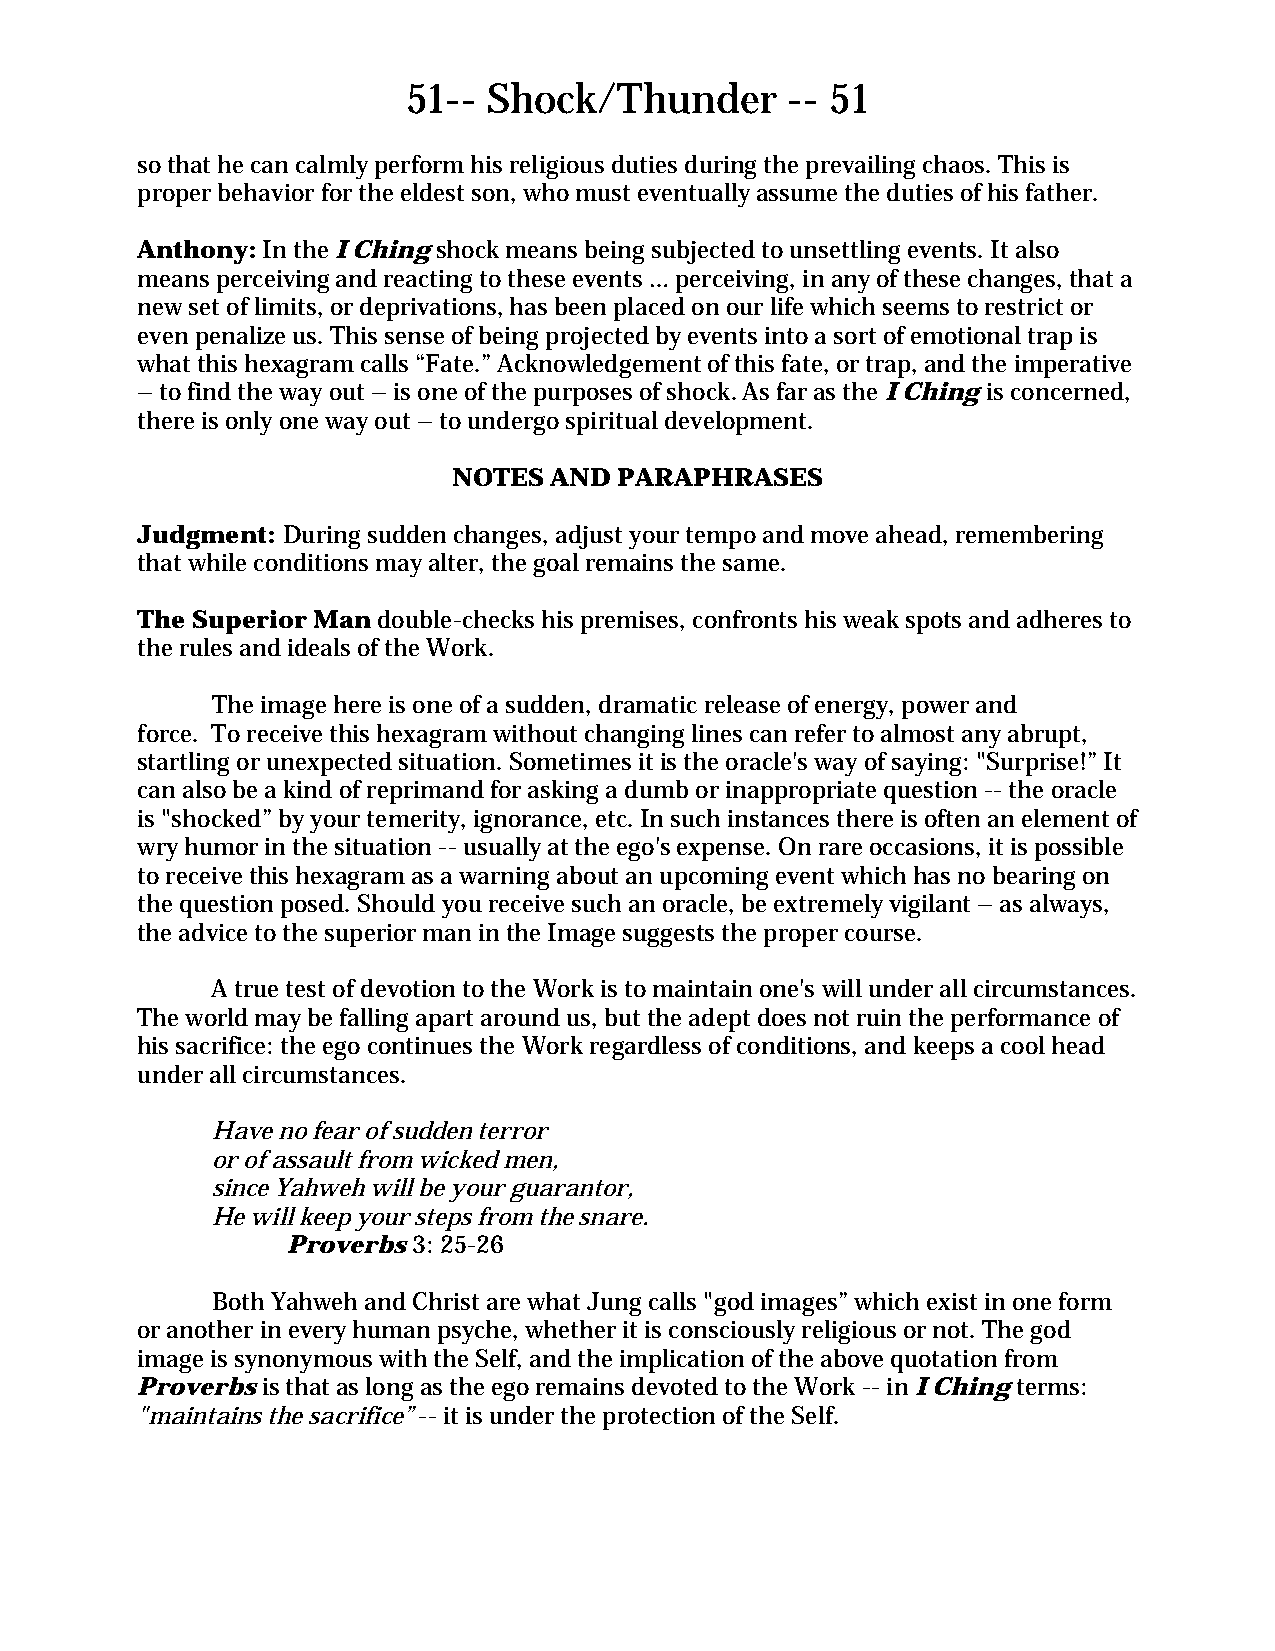
51-- Shock/Thunder       -- 51
 so that he can calmly perform his religious duties during the prevailing chaos. This is
 proper behavior for the eldest son, who must eventually assume the duties of his father.
 Anthony: In the I Ching shock means being subjected to unsettling events. It also
 means perceiving and reacting to these events … perceiving, in any of these changes, that a
 new set of limits, or deprivations, has been placed on our life which seems to restrict or
 even penalize us. This sense of being projected by events into a sort of emotional trap is
 what this hexagram calls “Fate.” Acknowledgement of this fate, or trap, and the imperative
 – to find the way out – is one of the purposes of shock. As far as the I Ching is concerned,
 there is only one way out – to undergo spiritual development.
 NOTES AND  PARAPHRASES
 Judgment: During sudden changes, adjust your tempo and move ahead, remembering
 that while conditions may alter, the goal remains the same.
 The Superior Man double-checks his premises, confronts his weak spots and adheres to
 the rules and ideals of the Work.
 The image here is one of a sudden, dramatic release of energy, power and
 force. To receive this hexagram without changing lines can refer to almost any abrupt,
 startling or unexpected situation. Sometimes it is the oracle's way of saying: "Surprise!” It
 can also be a kind of reprimand for asking a dumb or inappropriate question -- the oracle
 is "shocked” by your temerity, ignorance, etc. In such instances there is often an element of
 wry humor in the situation -- usually at the ego's expense. On rare occasions, it is possible
 to receive this hexagram as a warning about an upcoming event which has no bearing on
 the question posed. Should you receive such an oracle, be extremely vigilant – as always,
 the advice to the superior man in the Image suggests the proper course.
 A true test of devotion to the Work is to maintain one's will under all circumstances.
 The world may be falling apart around us, but the adept does not ruin the performance of
 his sacrifice: the ego continues the Work regardless of conditions, and keeps a cool head
 under all circumstances.
 Have no fear of sudden terror
 or of assault from wicked men,
 since Yahweh will be your guarantor,
 He will keep your steps from the snare.
 Proverbs 3: 25-26
 Both Yahweh and Christ are what Jung calls "god images” which exist in one form
 or another in every human psyche, whether it is consciously religious or not. The god
 image is synonymous with the Self, and the implication of the above quotation from
 Proverbs is that as long as the ego remains devoted to the Work -- in I Ching terms:
 "maintains the sacrifice” -- it is under the protection of the Self.